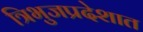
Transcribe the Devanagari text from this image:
त्रिभुजप्रदेशात